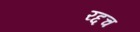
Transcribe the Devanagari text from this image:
रद्दच